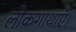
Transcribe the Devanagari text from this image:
लोकगाथाएँ।